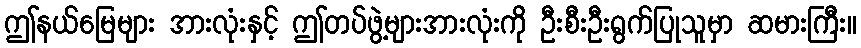
ဤနယ်မြေများ အားလုံးနှင့် ဤတပ်ဖွဲ့များအားလုံးကို ဦးစီးဦးရွက်ပြုသူမှာ ဆမားကြီး။